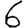
Digit: 6